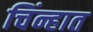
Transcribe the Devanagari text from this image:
चिंन्हात